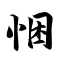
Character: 悃